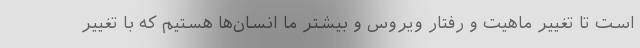
است تا تغییر ماهیت و رفتار ویروس و بیشتر ما انسان‌ها هستیم که با تغییر